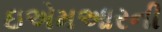
ઇએમઆરની